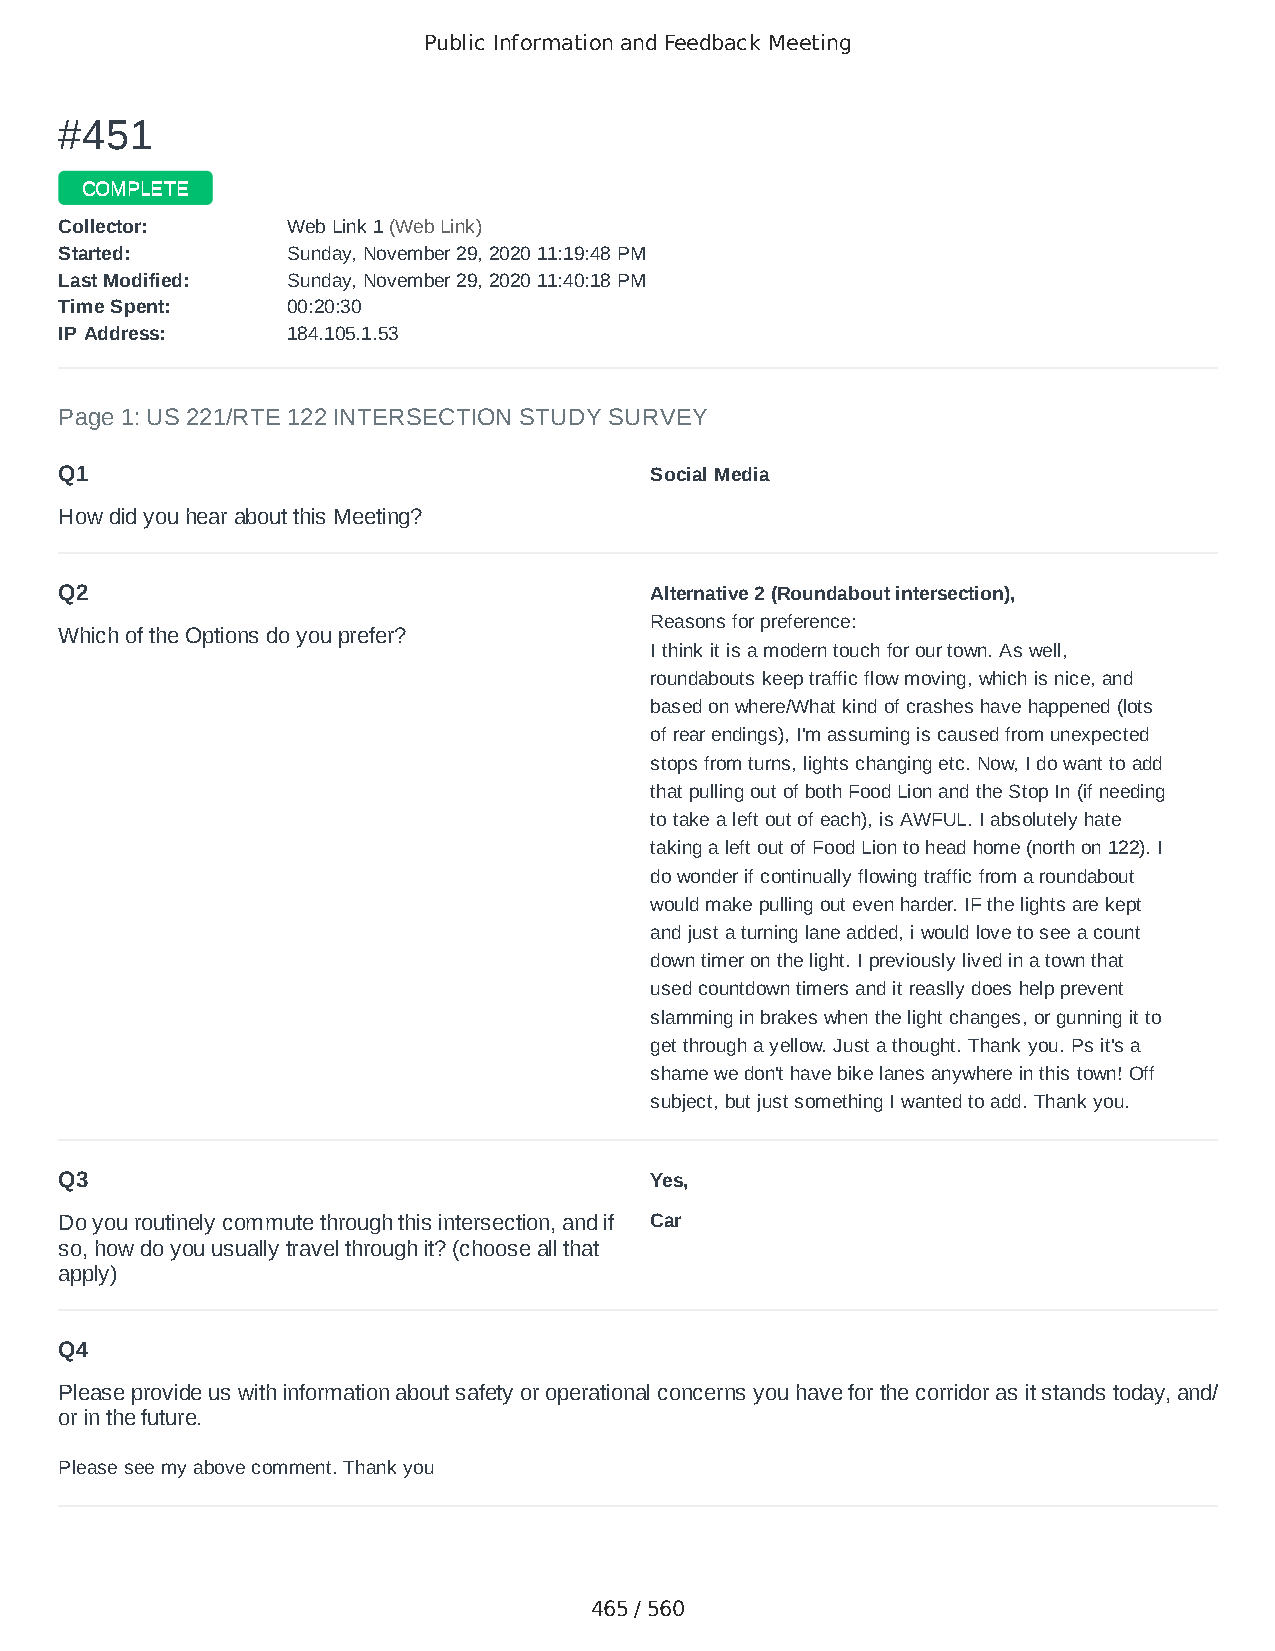
Public Information and Feedback Meeting
 ##445511
 CCOOMMPPLLEETTEE
 CCoolllleeccttoorr:: WWeebb LLiinnkk 11 ((WWeebb LLiinnkk))
 SSttaarrtteedd:: SSuunnddaayy,, NNoovveemmbbeerr 2299,, 22002200 1111::1199::4488 PPMM
 LLaasstt MMooddiiffiieedd:: SSuunnddaayy,, NNoovveemmbbeerr 2299,, 22002200 1111::4400::1188 PPMM
 TTiimmee SSppeenntt:: 0000::2200::3300
 IIPP AAddddrreessss:: 118844..110055..11..5533
 Page 1: US 221/RTE 122 INTERSECTION STUDY SURVEY
 Q1                                     Social Media
 How did you hear about this Meeting?
 Q2                                     Alternative 2 (Roundabout intersection),
 Reasons for preference:
 Which of the Options do you prefer?
 I think it is a modern touch for our town. As well,
 roundabouts keep traffic flow moving, which is nice, and
 based on where/What kind of crashes have happened (lots
 of rear endings), I'm assuming is caused from unexpected
 stops from turns, lights changing etc. Now, I do want to add
 that pulling out of both Food Lion and the Stop In (if needing
 to take a left out of each), is AWFUL. I absolutely hate
 taking a left out of Food Lion to head home (north on 122). I
 do wonder if continually flowing traffic from a roundabout
 would make pulling out even harder. IF the lights are kept
 and just a turning lane added, i would love to see a count
 down timer on the light. I previously lived in a town that
 used countdown timers and it reaslly does help prevent
 slamming in brakes when the light changes, or gunning it to
 get through a yellow. Just a thought. Thank you. Ps it's a
 shame we don't have bike lanes anywhere in this town! Off
 subject, but just something I wanted to add. Thank you.
 Q3                                     Yes,
 Do you routinely commute through this intersection, and if Car
 so, how do you usually travel through it? (choose all that
 apply)
 Q4
 Please provide us with information about safety or operational concerns you have for the corridor as it stands today, and/
 or in the future.
 Please see my above comment. Thank you
 465 / 560